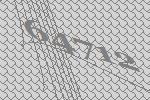
64712